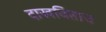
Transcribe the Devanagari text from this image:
दाखविताच